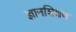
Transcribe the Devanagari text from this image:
ज्ञानशिक्षण